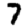
Digit: 7